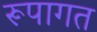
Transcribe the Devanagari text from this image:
रूपागत